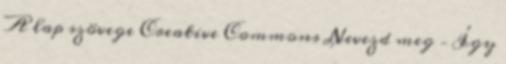
A lap szövege Creative Commons Nevezd meg – Így